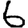
Digit: 6